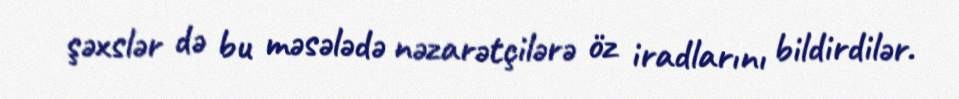
şəxslər də bu məsələdə nəzarətçilərə öz iradlarını bildirdilər.